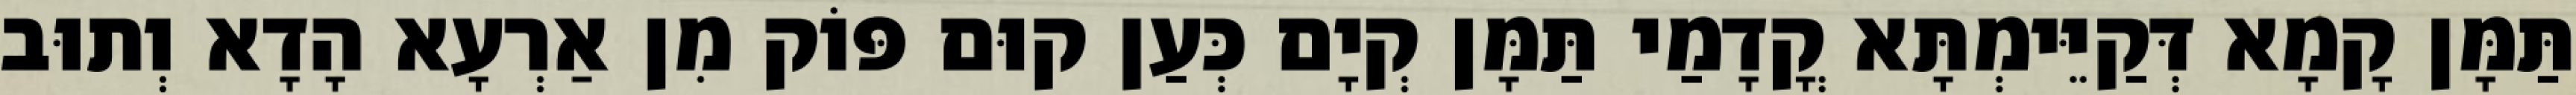
תַּמָּן קָמָא דְּקַיֵּימְתָּא קֳדָמַי תַּמָּן קְיָם כְּעַן קוּם פּוֹק מִן אַרְעָא הָדָא וְתוּב